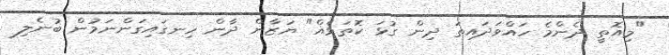
"މިއޮތީ ދެންމެ ހައްވަދައިތަ ދިން ގުޅަ ކޮތަޅެއް" ޔަޒާން ދާން ހިނގައިގަންނަމުން ބުނެލި